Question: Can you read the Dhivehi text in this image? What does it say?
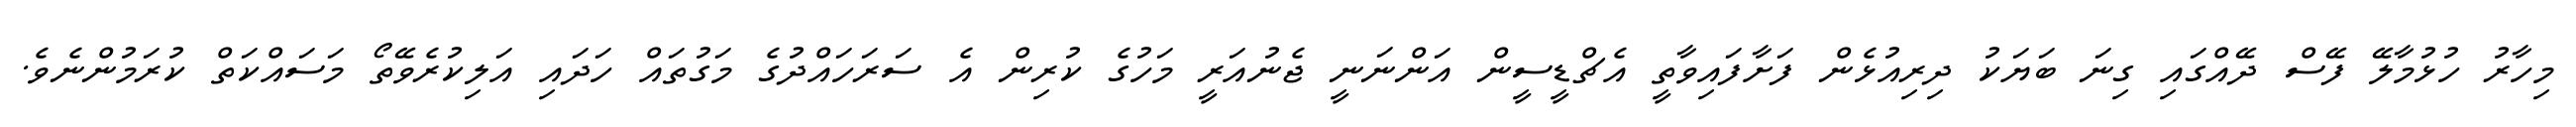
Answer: މިހާރު ހުޅުމާލޭ ފޭސް ދޭއްގައި ގިނަ ބަޔަކު ދިރިއުޅެން ފަށާފައިވާތީ އެޗްޑީސީން އަންނަނީ ޖެނުއަރީ މަހުގެ ކުރިން އެ ސަރަހައްދުގެ މަގުތައް ހަދައި އަލިކުރެވޭތޯ މަސައްކަތް ކުރަމުންނެވެ.